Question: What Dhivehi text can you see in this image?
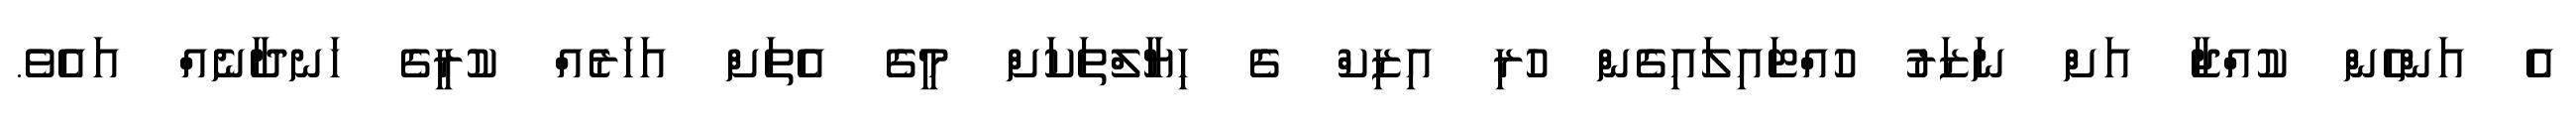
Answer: އެ އަންހެން ކުއްޖާ އަށް ނަޒަރު ހުއްޓައިލައިގެން ހުރި އިޒިކް ގެ ހިޔާލްތަކަށް މީގެ އެތަށް އަހަރެއް ކުރީގެ ހަނދާނެއް އައެވެ.